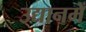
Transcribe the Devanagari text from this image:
उद्यानमें